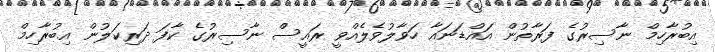
އިބުރާހިމް ނާސިރުގެ ފަރާތުން އައްޑަނައާ ހަވާލުވެލެއްވީ ރައީސް ނާސިރުގެ ކާފަ ދަރިކަލުން އިބުރާހިމް